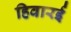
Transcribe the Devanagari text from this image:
हिवारई